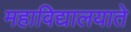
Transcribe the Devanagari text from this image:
महाविद्यालयाते